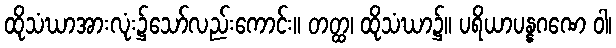
ထိုသံဃာအားလုံး၌သော်လည်းကောင်း။ တတ္ထ၊ ထိုသံဃာ၌။ ပရိယာပန္နဂဏေ ဝါ၊